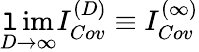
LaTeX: \operatorname*{\mathtt{l}im}_{D\rightarrow\infty}I_{Cov}^{(D)}\equiv{}I_{Cov}^{(\infty)}